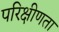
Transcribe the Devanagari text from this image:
परिक्षीणता